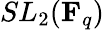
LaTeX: SL_{2}(\mathbf{F}_{q})